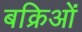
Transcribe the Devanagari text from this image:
बक्रिओं